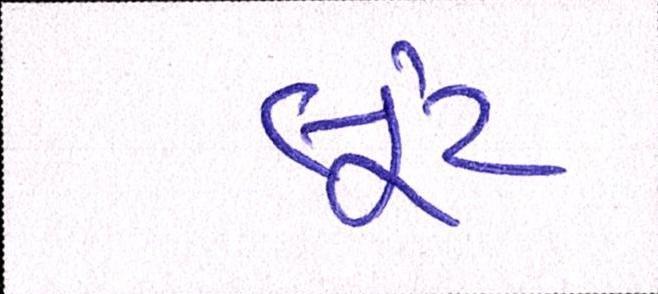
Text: લુંટ